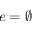
e = \emptyset